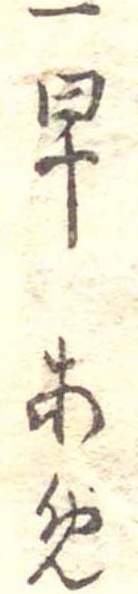
一早あめ